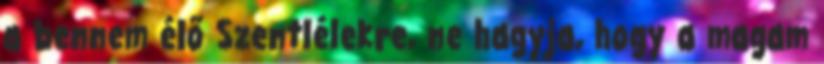
a bennem élő Szentlélekre, ne hagyja, hogy a magam